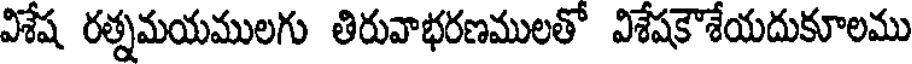
విశేష రత్నమయములగు తిరువాభరణములతో విశేషకౌశేయదుకూలము